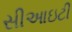
સીઆઇટી